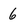
Character: 6